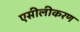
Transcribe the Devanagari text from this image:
एसीलीकरण